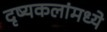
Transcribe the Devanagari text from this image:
दृष्यकलांमध्ये